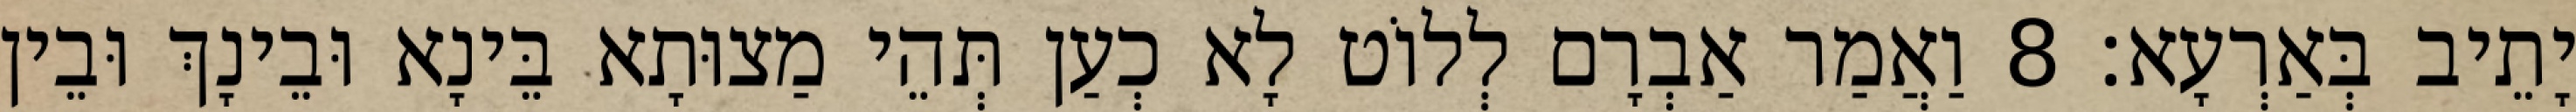
יָתֵיב בְּאַרְעָא׃ 8 וַאֲמַר אַבְרָם לְלוֹט לָא כְעַן תְּהֵי מַצוּתָא בֵּינָא וּבֵינָךְ וּבֵין